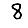
Digit: 8